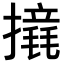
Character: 𢷉